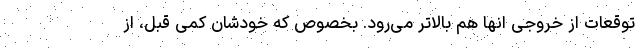
توقعات از خروجی انها هم بالاتر می‌رود. بخصوص که خودشان کمی قبل، از